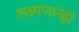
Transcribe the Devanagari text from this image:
लक्ष्मणानेही